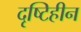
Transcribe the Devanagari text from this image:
दृष्‍टिहीन